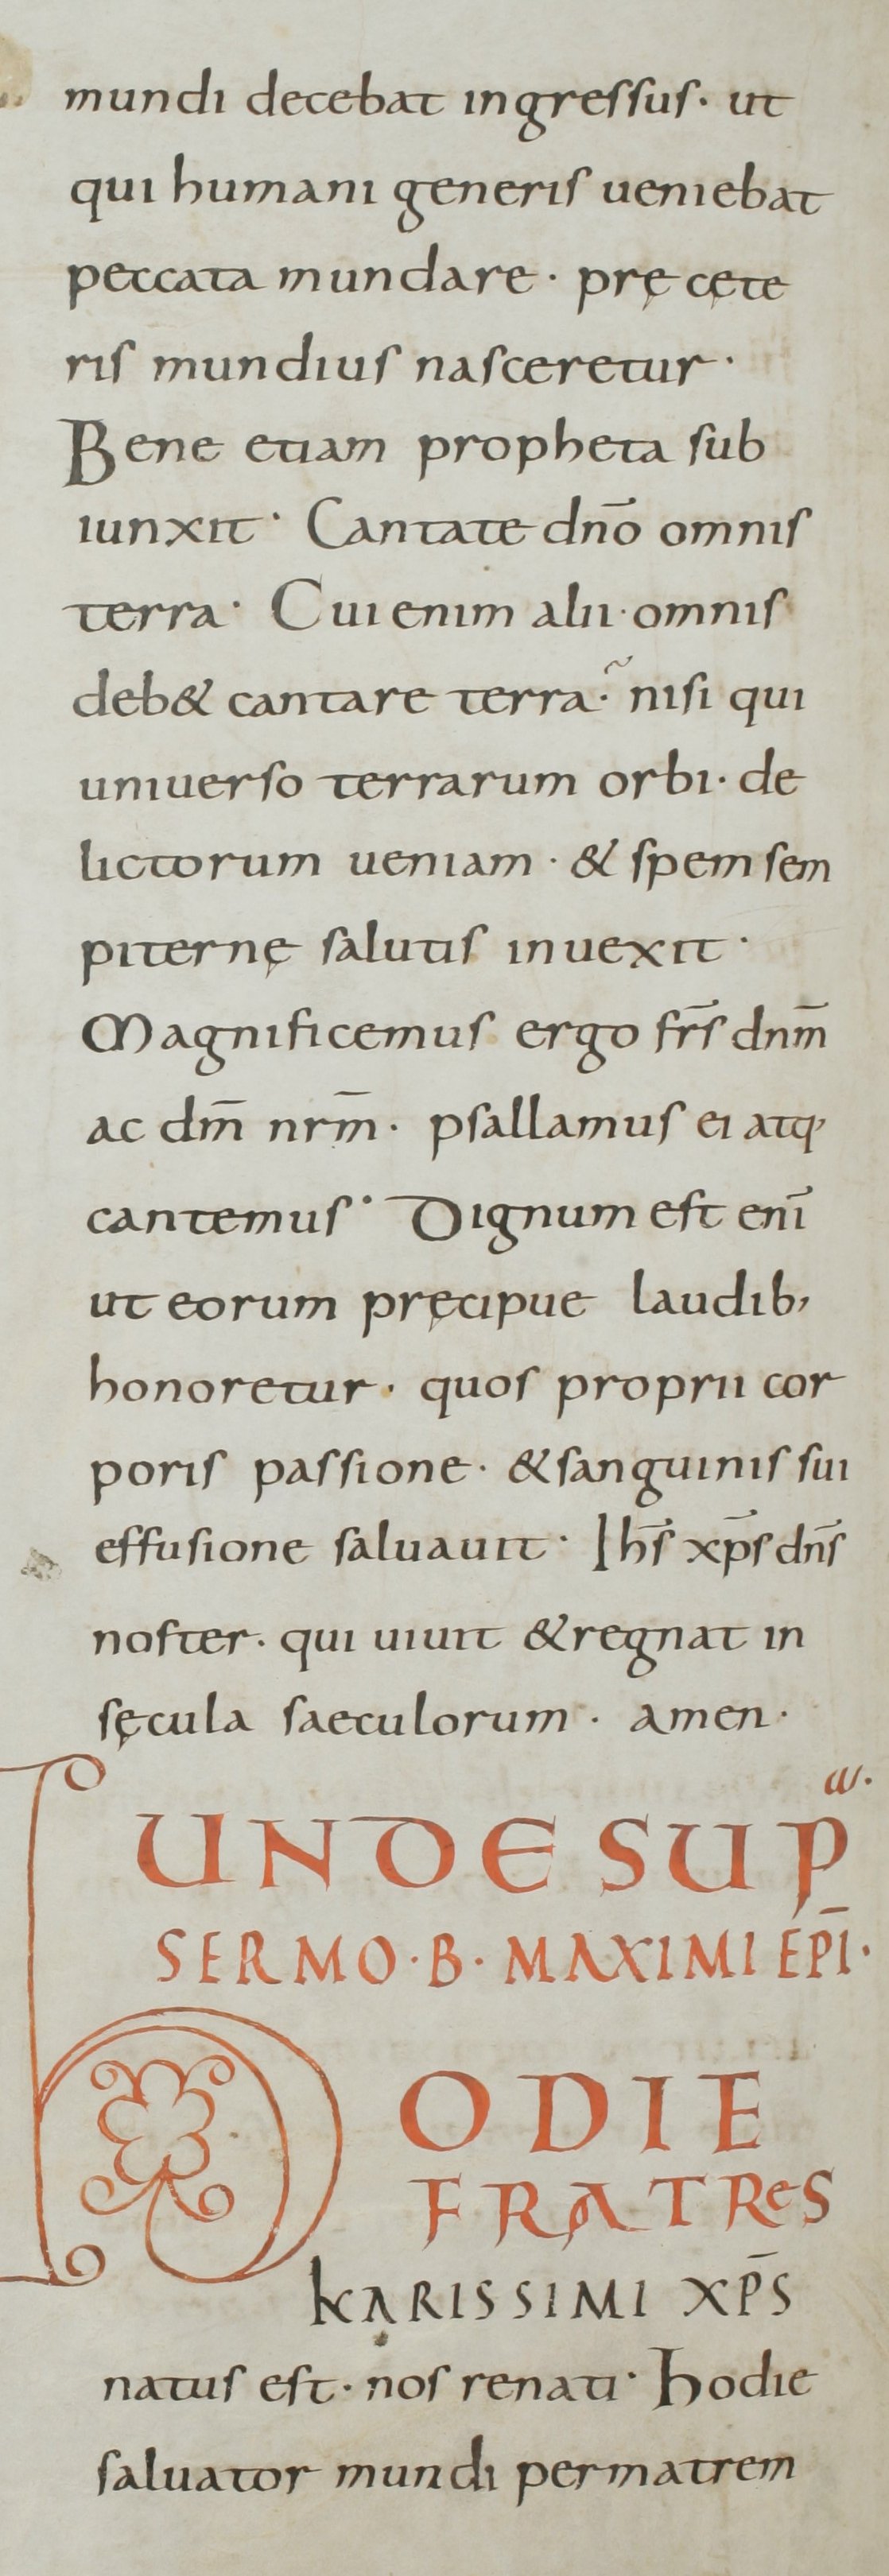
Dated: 800–899